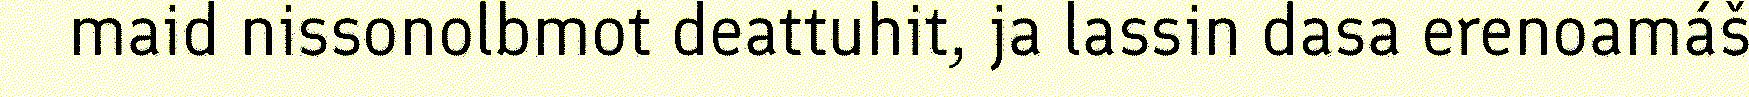
maid nissonolbmot deattuhit, ja lassin dasa erenoamáš